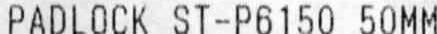
PADLOCK ST-P6150 50MM